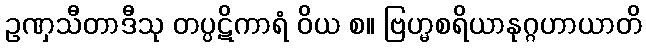
ဥဏှသီတာဒီသု တပ္ပဋိကာရံ ဝိယ စ။ ဗြဟ္မစရိယာနုဂ္ဂဟာယာတိ